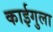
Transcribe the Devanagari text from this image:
काईगुला